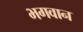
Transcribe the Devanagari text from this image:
भगवान